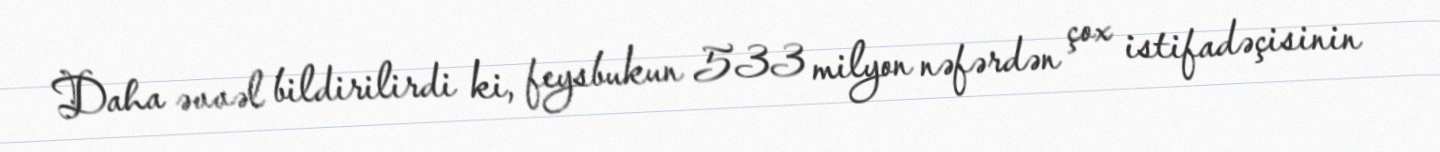
Daha əvvəl bildirilirdi ki, feysbukun 533 milyon nəfərdən çox istifadəçisinin